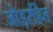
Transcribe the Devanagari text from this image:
जोड़रहित